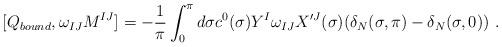
LaTeX: \begin{align*}[Q_{bound}, \omega_{IJ}M^{IJ}]=-\frac{1}{\pi}\int_0^{\pi}d\sigma c^0(\sigma)Y^I\omega_{IJ}X'^J(\sigma) (\delta_N(\sigma,\pi)-\delta_N (\sigma,0)) \ .\end{align*}